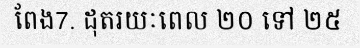
ពែង7. ដុតរយៈពេល ២០ ទៅ ២៥